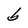
Character: b